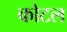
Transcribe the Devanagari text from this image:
कोटल